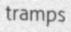
tramps